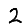
Digit: 2